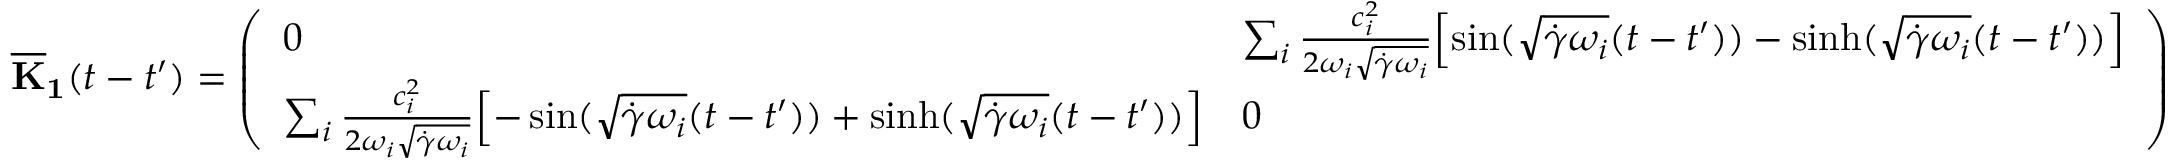
\mathbf { { \overline { { K } } _ { 1 } } } ( t - t ^ { \prime } ) = \left( \begin{array} { l l } { 0 } & { \sum _ { i } \frac { c _ { i } ^ { 2 } } { 2 \omega _ { i } \sqrt { \dot { \gamma } \omega _ { i } } } \Bigl [ \sin ( \sqrt { \dot { \gamma } \omega _ { i } } ( t - t ^ { \prime } ) ) - \sinh ( \sqrt { \dot { \gamma } \omega _ { i } } ( t - t ^ { \prime } ) ) \Bigr ] } \\ { \sum _ { i } \frac { c _ { i } ^ { 2 } } { 2 \omega _ { i } \sqrt { \dot { \gamma } \omega _ { i } } } \Bigl [ - \sin ( \sqrt { \dot { \gamma } \omega _ { i } } ( t - t ^ { \prime } ) ) + \sinh ( \sqrt { \dot { \gamma } \omega _ { i } } ( t - t ^ { \prime } ) ) \Bigr ] } & { 0 } \end{array} \right)